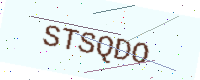
Text: STSQDO